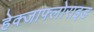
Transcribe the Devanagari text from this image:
हेक्जाफ्लोराइड